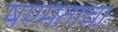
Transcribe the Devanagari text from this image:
षण्मताचा